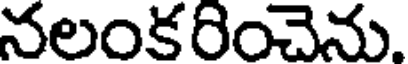
నలంకరించెను.